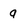
Character: q